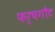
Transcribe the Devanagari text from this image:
फर्चगौट